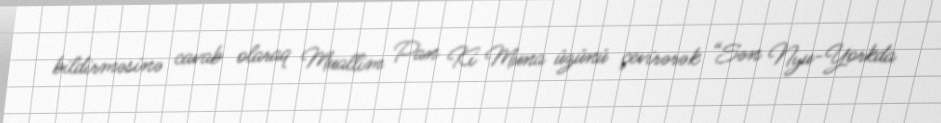
bildirməsinə cavab olaraq Muallim Pan Ki Muna üzünü çevirərək “Sən Nyu-Yorkda